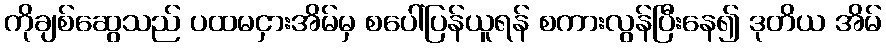
ကိုချစ်ဆွေသည် ပထမငှားအိမ်မှ စပေါ်ပြန်ယူရန် စကားလွန်ပြီးနေ၍ ဒုတိယ အိမ်